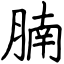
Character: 腩